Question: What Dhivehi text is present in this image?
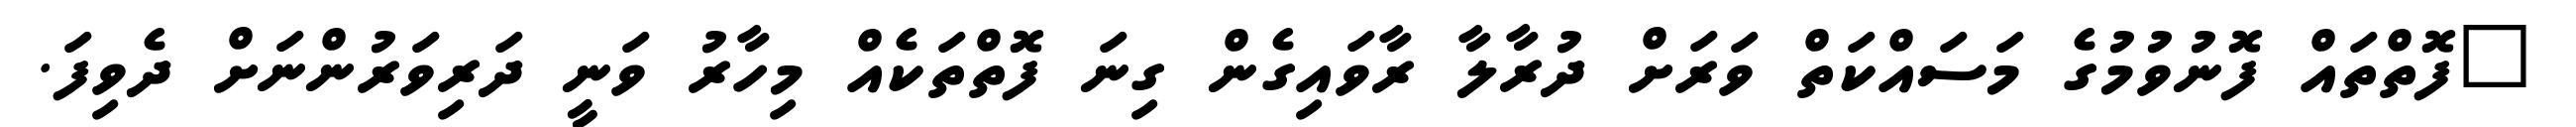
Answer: "ފޮތްތައް ފޮނުވުމުގެ މަސައްކަތް ވަރަށް ދުރާލާ ރާވައިގެން ގިނަ ފޮތްތަކެއް މިހާރު ވަނީ ދަރިވަރުންނަށް ދެވިފަ.